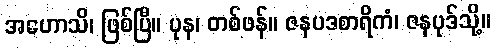
အဟောသိ၊ ဖြစ်ပြီ။ ပုန၊ တစ်ဖန်။ ဇနပဒစာရိကံ၊ ဇနပုဒ်သို့။